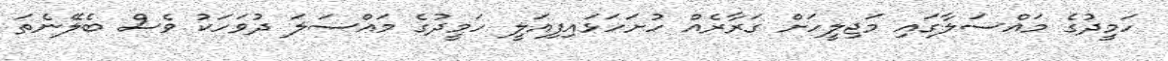
ހަމީދުގެ މައްސަލާގައި މަޖިލީހަށް ގަރާރެއް ހުށަހަޅައިފިއަލީ ހަމީދުގެ މައްސަލަ ދުވަހަކު ވެސް ބެލޭނެތަ